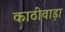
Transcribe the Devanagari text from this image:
काठीवाड़ा